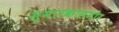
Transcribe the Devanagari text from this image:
स्मारकासमोर